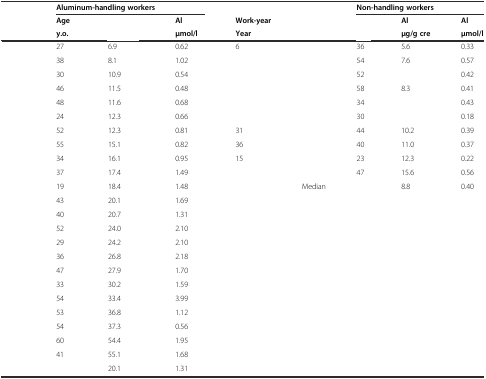
<table><thead><tr><td>[EMPTY_CELL]</td><td colspan="3"><b>Aluminum-handling workers</b></td><td>[EMPTY_CELL]</td><td>[EMPTY_CELL]</td><td colspan="3"><b>Non-handling workers</b></td></tr><tr><td>[EMPTY_CELL]</td><td><b>Age</b></td><td>[EMPTY_CELL]</td><td><b>Al</b></td><td><b>Work-year</b></td><td>[EMPTY_CELL]</td><td>[EMPTY_CELL]</td><td><b>Al</b></td><td><b>Al</b></td></tr><tr><td>[EMPTY_CELL]</td><td><b>y.o.</b></td><td>[EMPTY_CELL]</td><td><b>μmol/l</b></td><td><b>Year</b></td><td>[EMPTY_CELL]</td><td>[EMPTY_CELL]</td><td><b>μg/g cre</b></td><td><b>μmol/l</b></td></tr></thead><tbody><tr><td>[EMPTY_CELL]</td><td>27</td><td>6.9</td><td>0.62</td><td>6</td><td>[EMPTY_CELL]</td><td>36</td><td>5.6</td><td>0.33</td></tr><tr><td>[EMPTY_CELL]</td><td>38</td><td>8.1</td><td>1.02</td><td>[EMPTY_CELL]</td><td>[EMPTY_CELL]</td><td>54</td><td>7.6</td><td>0.57</td></tr><tr><td>[EMPTY_CELL]</td><td>30</td><td>10.9</td><td>0.54</td><td>[EMPTY_CELL]</td><td>[EMPTY_CELL]</td><td>52</td><td>[EMPTY_CELL]</td><td>0.42</td></tr><tr><td>[EMPTY_CELL]</td><td>46</td><td>11.5</td><td>0.48</td><td>[EMPTY_CELL]</td><td>[EMPTY_CELL]</td><td>58</td><td>8.3</td><td>0.41</td></tr><tr><td>[EMPTY_CELL]</td><td>48</td><td>11.6</td><td>0.68</td><td>[EMPTY_CELL]</td><td>[EMPTY_CELL]</td><td>34</td><td>[EMPTY_CELL]</td><td>0.43</td></tr><tr><td>[EMPTY_CELL]</td><td>24</td><td>12.3</td><td>0.66</td><td>[EMPTY_CELL]</td><td>[EMPTY_CELL]</td><td>30</td><td>[EMPTY_CELL]</td><td>0.18</td></tr><tr><td>[EMPTY_CELL]</td><td>52</td><td>12.3</td><td>0.81</td><td>31</td><td>[EMPTY_CELL]</td><td>44</td><td>10.2</td><td>0.39</td></tr><tr><td>[EMPTY_CELL]</td><td>55</td><td>15.1</td><td>0.82</td><td>36</td><td>[EMPTY_CELL]</td><td>40</td><td>11.0</td><td>0.37</td></tr><tr><td>[EMPTY_CELL]</td><td>34</td><td>16.1</td><td>0.95</td><td>15</td><td>[EMPTY_CELL]</td><td>23</td><td>12.3</td><td>0.22</td></tr><tr><td>[EMPTY_CELL]</td><td>37</td><td>17.4</td><td>1.49</td><td>[EMPTY_CELL]</td><td>[EMPTY_CELL]</td><td>47</td><td>15.6</td><td>0.56</td></tr><tr><td>[EMPTY_CELL]</td><td>19</td><td>18.4</td><td>1.48</td><td>[EMPTY_CELL]</td><td>Median</td><td>[EMPTY_CELL]</td><td>8.8</td><td>0.40</td></tr><tr><td>[EMPTY_CELL]</td><td>43</td><td>20.1</td><td>1.69</td><td>[EMPTY_CELL]</td><td>[EMPTY_CELL]</td><td>[EMPTY_CELL]</td><td>[EMPTY_CELL]</td><td>[EMPTY_CELL]</td></tr><tr><td>[EMPTY_CELL]</td><td>40</td><td>20.7</td><td>1.31</td><td>[EMPTY_CELL]</td><td>[EMPTY_CELL]</td><td>[EMPTY_CELL]</td><td>[EMPTY_CELL]</td><td>[EMPTY_CELL]</td></tr><tr><td>[EMPTY_CELL]</td><td>52</td><td>24.0</td><td>2.10</td><td>[EMPTY_CELL]</td><td>[EMPTY_CELL]</td><td>[EMPTY_CELL]</td><td>[EMPTY_CELL]</td><td>[EMPTY_CELL]</td></tr><tr><td>[EMPTY_CELL]</td><td>29</td><td>24.2</td><td>2.10</td><td>[EMPTY_CELL]</td><td>[EMPTY_CELL]</td><td>[EMPTY_CELL]</td><td>[EMPTY_CELL]</td><td>[EMPTY_CELL]</td></tr><tr><td>[EMPTY_CELL]</td><td>36</td><td>26.8</td><td>2.18</td><td>[EMPTY_CELL]</td><td>[EMPTY_CELL]</td><td>[EMPTY_CELL]</td><td>[EMPTY_CELL]</td><td>[EMPTY_CELL]</td></tr><tr><td>[EMPTY_CELL]</td><td>47</td><td>27.9</td><td>1.70</td><td>[EMPTY_CELL]</td><td>[EMPTY_CELL]</td><td>[EMPTY_CELL]</td><td>[EMPTY_CELL]</td><td>[EMPTY_CELL]</td></tr><tr><td>[EMPTY_CELL]</td><td>33</td><td>30.2</td><td>1.59</td><td>[EMPTY_CELL]</td><td>[EMPTY_CELL]</td><td>[EMPTY_CELL]</td><td>[EMPTY_CELL]</td><td>[EMPTY_CELL]</td></tr><tr><td>[EMPTY_CELL]</td><td>54</td><td>33.4</td><td>3.99</td><td>[EMPTY_CELL]</td><td>[EMPTY_CELL]</td><td>[EMPTY_CELL]</td><td>[EMPTY_CELL]</td><td>[EMPTY_CELL]</td></tr><tr><td>[EMPTY_CELL]</td><td>53</td><td>36.8</td><td>1.12</td><td>[EMPTY_CELL]</td><td>[EMPTY_CELL]</td><td>[EMPTY_CELL]</td><td>[EMPTY_CELL]</td><td>[EMPTY_CELL]</td></tr><tr><td>[EMPTY_CELL]</td><td>54</td><td>37.3</td><td>0.56</td><td>[EMPTY_CELL]</td><td>[EMPTY_CELL]</td><td>[EMPTY_CELL]</td><td>[EMPTY_CELL]</td><td>[EMPTY_CELL]</td></tr><tr><td>[EMPTY_CELL]</td><td>60</td><td>54.4</td><td>1.95</td><td>[EMPTY_CELL]</td><td>[EMPTY_CELL]</td><td>[EMPTY_CELL]</td><td>[EMPTY_CELL]</td><td>[EMPTY_CELL]</td></tr><tr><td>[EMPTY_CELL]</td><td>41</td><td>55.1</td><td>1.68</td><td>[EMPTY_CELL]</td><td>[EMPTY_CELL]</td><td>[EMPTY_CELL]</td><td>[EMPTY_CELL]</td><td>[EMPTY_CELL]</td></tr><tr><td>[EMPTY_CELL]</td><td>[EMPTY_CELL]</td><td>20.1</td><td>1.31</td><td>[EMPTY_CELL]</td><td>[EMPTY_CELL]</td><td>[EMPTY_CELL]</td><td>[EMPTY_CELL]</td><td>[EMPTY_CELL]</td></tr></tbody></table>